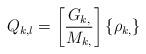
LaTeX: \begin{align*} Q_{k,l} = \left[\frac{G_{k,}}{M_{k,}}\right]\{\rho_{k,}\}\end{align*}